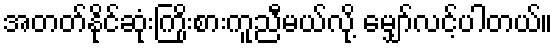
အတတ်နိုင်ဆုံးကြိုးစားကူညီမယ်လို့ မျှော်လင့်ပါတယ်။